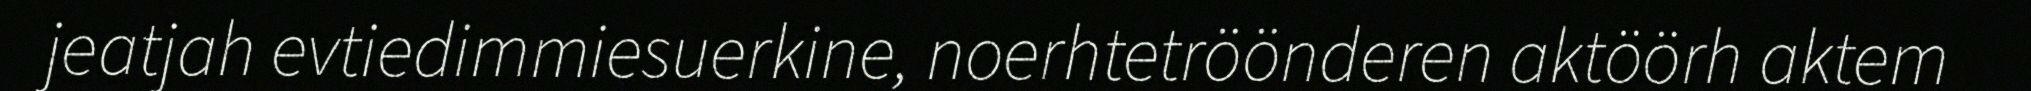
jeatjah evtiedimmiesuerkine, noerhtetröönderen aktöörh aktem